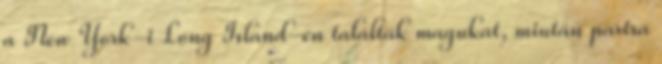
a New York-i Long Island-en találták magukat, miután partra